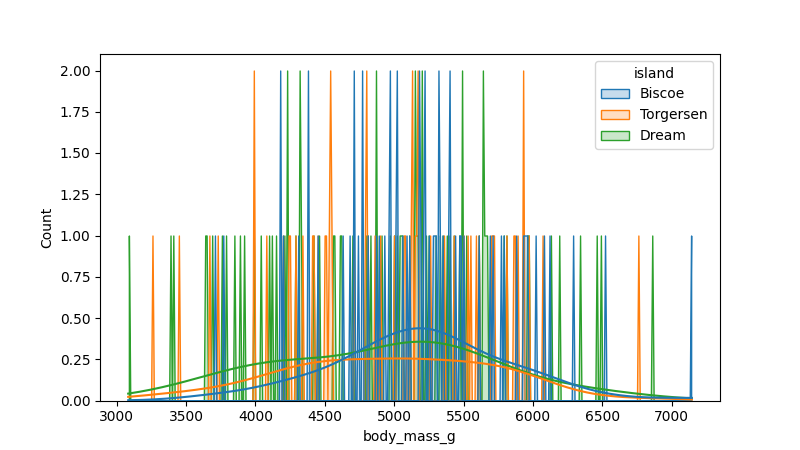
python, seaborn, histplot, hue='island', binwidth=10, bins='20', element='poly'